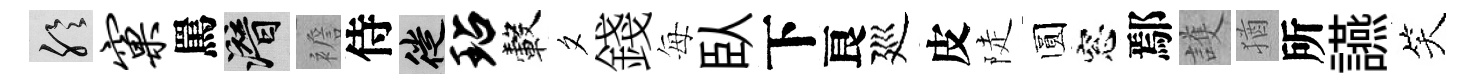
聆窠罵潜襜侍徙玷轂夕錢每臥下良廵皮陡圆窓鄢護猶所讌笑